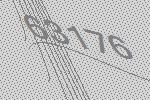
63176